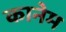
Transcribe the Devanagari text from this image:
कानेम